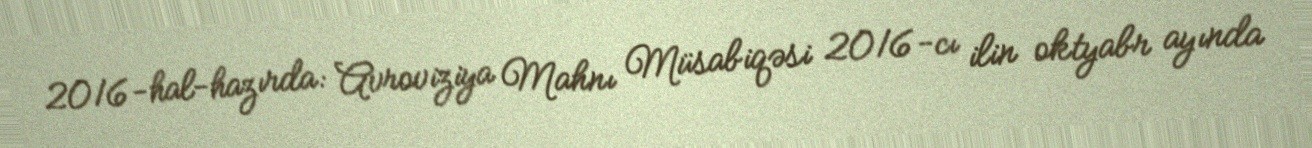
2016-hal-hazırda: Avroviziya Mahnı Müsabiqəsi 2016-cı ilin oktyabr ayında